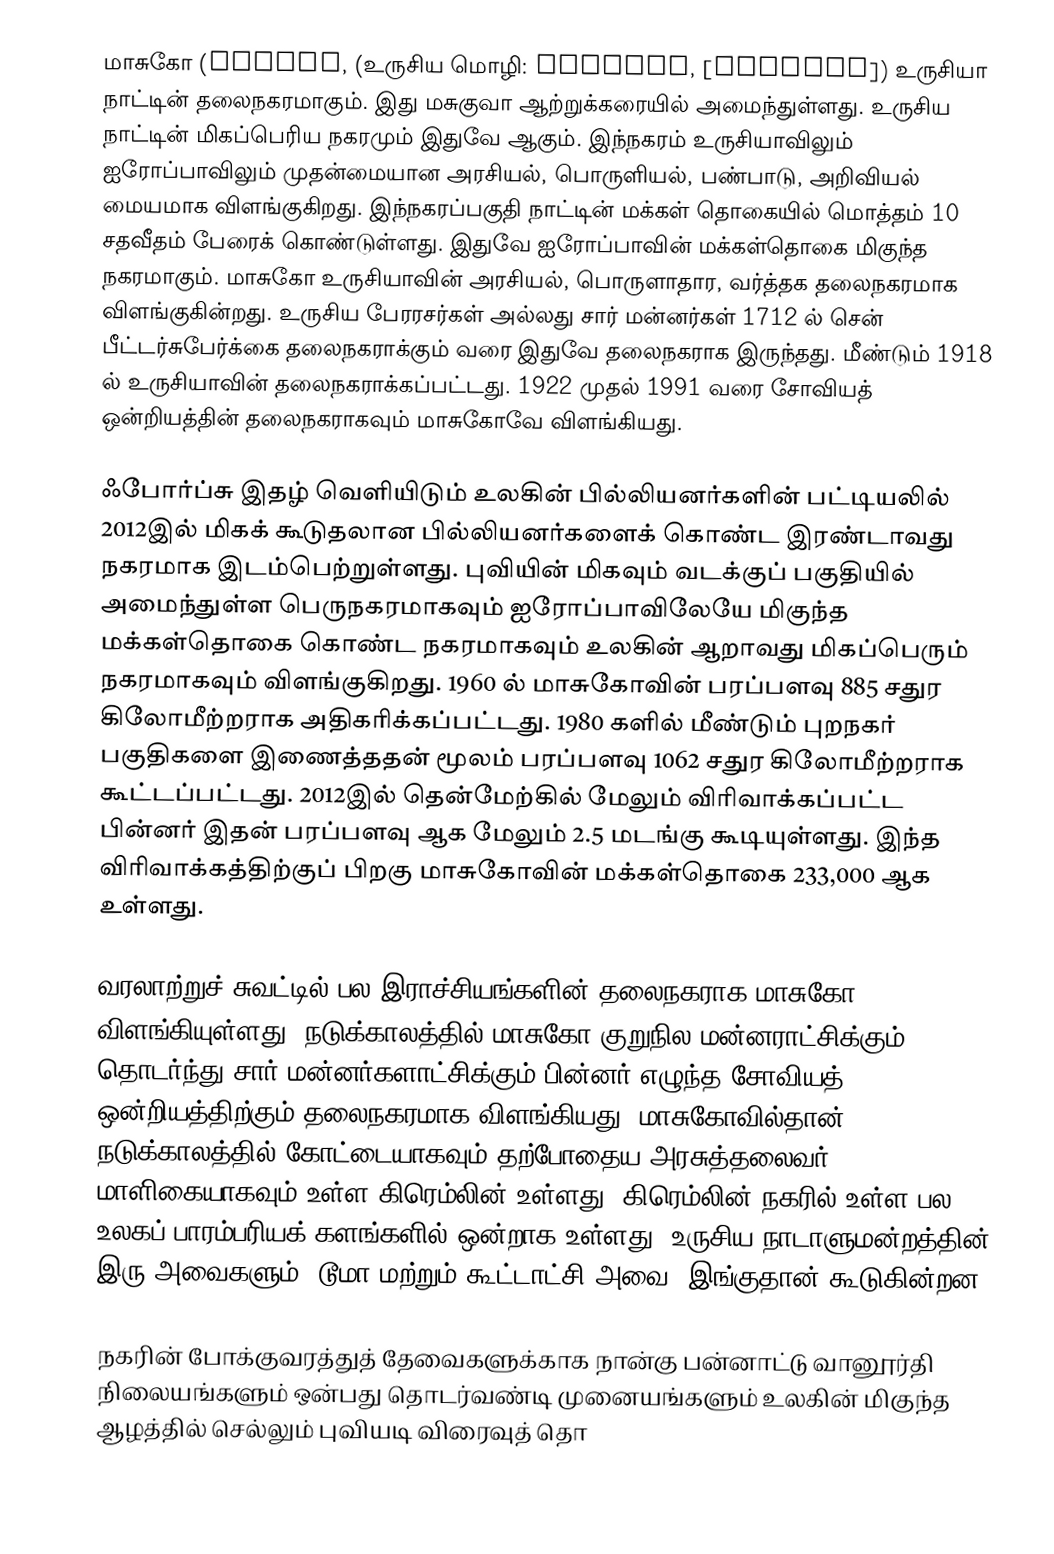
மாசுகோ (Moscow, (உருசிய மொழி: Москва́, [mɐˈskva]) உருசியா நாட்டின் தலைநகரமாகும். இது மசுகுவா ஆற்றுக்கரையில் அமைந்துள்ளது. உருசிய நாட்டின் மிகப்பெரிய நகரமும் இதுவே ஆகும். இந்நகரம் உருசியாவிலும் ஐரோப்பாவிலும் முதன்மையான அரசியல், பொருளியல், பண்பாடு, அறிவியல் மையமாக விளங்குகிறது. இந்நகரப்பகுதி நாட்டின் மக்கள் தொகையில் மொத்தம் 10 சதவீதம் பேரைக் கொண்டுள்ளது. இதுவே ஐரோப்பாவின் மக்கள்தொகை மிகுந்த நகரமாகும். மாசுகோ உருசியாவின் அரசியல், பொருளாதார, வர்த்தக தலைநகரமாக விளங்குகின்றது. உருசிய பேரரசர்கள் அல்லது சார் மன்னர்கள் 1712 ல் சென் பீட்டர்சுபேர்க்கை தலைநகராக்கும் வரை இதுவே தலைநகராக இருந்தது. மீண்டும் 1918 ல் உருசியாவின் தலைநகராக்கப்பட்டது. 1922 முதல் 1991 வரை சோவியத் ஒன்றியத்தின் தலைநகராகவும் மாசுகோவே விளங்கியது.

ஃபோர்ப்சு இதழ் வெளியிடும் உலகின் பில்லியனர்களின் பட்டியலில் 2012இல் மிகக் கூடுதலான பில்லியனர்களைக் கொண்ட இரண்டாவது நகரமாக இடம்பெற்றுள்ளது. புவியின் மிகவும் வடக்குப் பகுதியில் அமைந்துள்ள பெருநகரமாகவும்  ஐரோப்பாவிலேயே மிகுந்த மக்கள்தொகை கொண்ட நகரமாகவும் உலகின் ஆறாவது மிகப்பெரும் நகரமாகவும் விளங்குகிறது. 1960 ல் மாசுகோவின் பரப்பளவு 885 சதுர கிலோமீற்றராக அதிகரிக்கப்பட்டது. 1980 களில் மீண்டும் புறநகர் பகுதிகளை இணைத்ததன் மூலம் பரப்பளவு 1062 சதுர கிலோமீற்றராக கூட்டப்பட்டது. 2012இல் தென்மேற்கில் மேலும் விரிவாக்கப்பட்ட பின்னர் இதன் பரப்பளவு ஆக மேலும் 2.5 மடங்கு கூடியுள்ளது. இந்த விரிவாக்கத்திற்குப் பிறகு மாசுகோவின் மக்கள்தொகை 233,000 ஆக உள்ளது.

வரலாற்றுச் சுவட்டில் பல இராச்சியங்களின் தலைநகராக மாசுகோ விளங்கியுள்ளது.  நடுக்காலத்தில் மாசுகோ குறுநில மன்னராட்சிக்கும் தொடர்ந்து சார் மன்னர்களாட்சிக்கும் பின்னர் எழுந்த சோவியத் ஒன்றியத்திற்கும் தலைநகரமாக விளங்கியது. மாசுகோவில்தான் நடுக்காலத்தில் கோட்டையாகவும் தற்போதைய அரசுத்தலைவர் மாளிகையாகவும் உள்ள  கிரெம்லின் உள்ளது. கிரெம்லின்  நகரில் உள்ள பல உலகப் பாரம்பரியக் களங்களில் ஒன்றாக உள்ளது. உருசிய நாடாளுமன்றத்தின் இரு அவைகளும், டூமா மற்றும் கூட்டாட்சி அவை, இங்குதான் கூடுகின்றன.

நகரின் போக்குவரத்துத் தேவைகளுக்காக நான்கு பன்னாட்டு வானூர்தி நிலையங்களும் ஒன்பது தொடர்வண்டி முனையங்களும் உலகின் மிகுந்த ஆழத்தில் செல்லும்  புவியடி விரைவுத் தொ